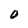
Character: O